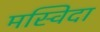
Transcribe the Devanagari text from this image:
मस्विदा